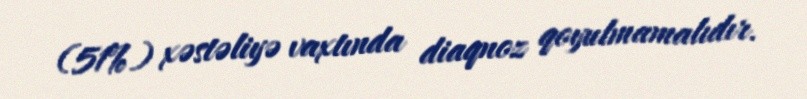
(51%) xəstəliyə vaxtında diaqnoz qoyulmamalıdır.